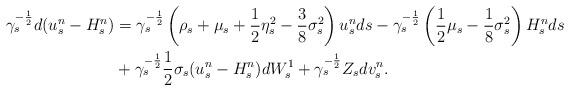
LaTeX: \begin{align*}\gamma_s^{-\frac12}d(u_s^n-H_s^n) & = \gamma_s^{-\frac12} \left( \rho_s + \mu_s + \frac12 \eta_s^2 - \frac38 \sigma_s^2 \right) u_s^n ds - \gamma_s^{-\frac12} \left( \frac12 \mu_s - \frac18 \sigma_s^2 \right) H_s^n ds \\& + \gamma_s^{-\frac12} \frac12 \sigma_s (u_s^n-H_s^n) dW_s^1 + \gamma_s^{-\frac12} Z_s dv_s^n . \end{align*}